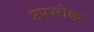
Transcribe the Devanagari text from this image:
उपभोक